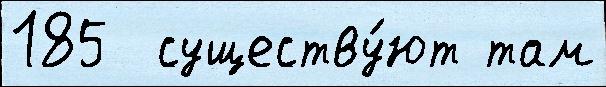
185  существу́ют там